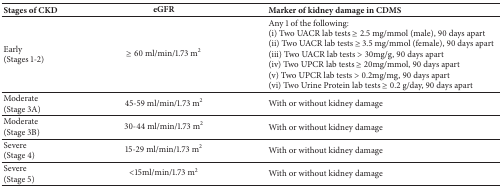
| Stages of CKD | eGFR | Marker of kidney damage in CDMS |
 | --- | --- | --- |
 | Early(Stages 1-2) | ≥ 60 ml/min/1.73 m2 | Any 1 of the following:(i) Two UACR lab tests ≥ 2.5 mg/mmol (male), 90 days apart(ii) Two UACR lab tests ≥ 3.5 mg/mmol (female), 90 days apart(iii) Two UACR lab tests > 30mg/g, 90 days apart(iv) Two UPCR lab tests ≥ 20mg/mmol, 90 days apart(v) Two UPCR lab tests > 0.2mg/mg, 90 days apart(vi) Two Urine Protein lab tests ≥ 0.2 g/day, 90 days apart |
 | Moderate(Stage 3A) | 45-59 ml/min/1.73 m2 | With or without kidney damage |
 | Moderate(Stage 3B) | 30-44 ml/min/1.73 m2 | With or without kidney damage |
 | Severe(Stage 4) | 15-29 ml/min/1.73 m2 | With or without kidney damage |
 | Severe(Stage 5) | <15ml/min/1.73 m2 | With or without kidney damage |